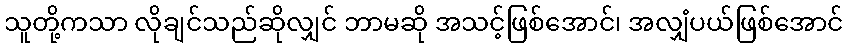
သူတို့ကသာ လိုချင်သည်ဆိုလျှင် ဘာမဆို အသင့်ဖြစ်အောင်၊ အလျှံပယ်ဖြစ်အောင်